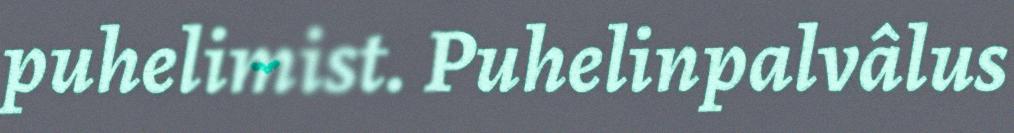
puhelimist. Puhelinpalvâlus